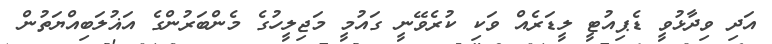
އަދި ވިދާޅުވީ ޑެޕިއުޓީ ލީޑަރެއް ވަކި ކުރެވޭނީ ގައުމީ މަޖިލީހުގެ މެންބަރުންގެ އަޣުލަބިއްޔަތުން